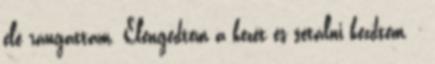
elé rángattam. Elengedtem a kezét és sétálni kezdtem. -